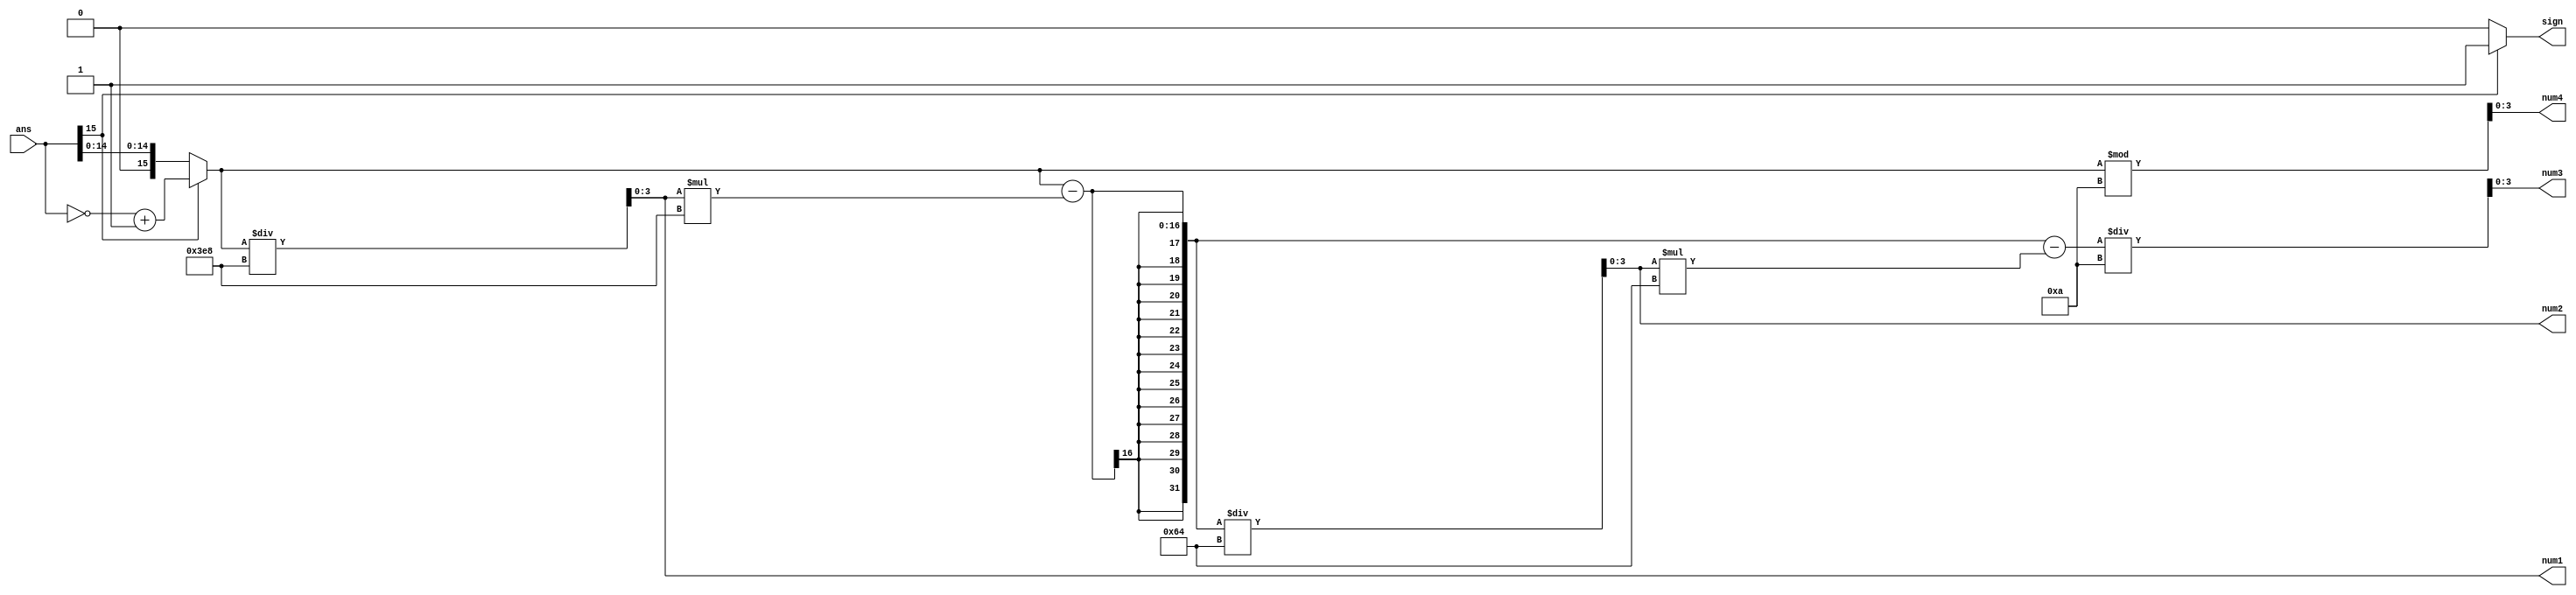
module AnsDecoder(
	input      [15:0]ans,
	output reg       sign,
	output reg [3:0] num1,
	output reg [3:0] num2,
	output reg [3:0] num3,
	output reg [3:0] num4
);
/* Registers */
	reg [15:0]temp;

/* Not and add1 */
	always @ (*) begin
		if(ans[15])
			temp <= ~ans + 1;
		else
			temp <= ans;
	end

/* Calc sign, num1, num2, num3, num4 */
	always @ (temp) begin
		if(ans[15])
			sign <= 1;
		else
			sign <= 0;
		num1 = temp / 1000;
		num2 = (temp - num1 * 1000) / 100;
		num3 = (temp - num1 * 1000 - num2 * 100) / 10;
		num4 = temp % 10;
	end

endmodule